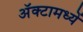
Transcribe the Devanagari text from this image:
अॅक्टामध्यें